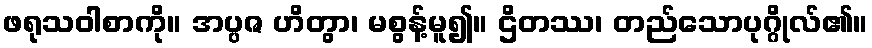
ဖရုသဝါစာကို။ အပ္ပဇ ဟိတွာ၊ မစွန့်မူ၍။ ဌိတဿ၊ တည်သောပုဂ္ဂိုလ်၏။